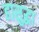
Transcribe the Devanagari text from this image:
हासुद्घा